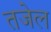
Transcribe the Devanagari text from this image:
तजेल